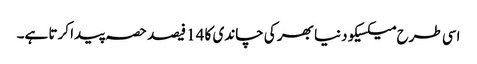
اسی طرح میکسیکو دنیا بھر کی چاندی کا 14 فیصد حصہ پیدا کرتا ہے۔